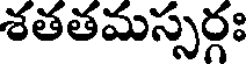
శతతమస్సర్గః